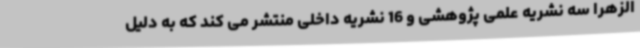
الزهرا سه نشریه علمی پژوهشی و 16 نشریه داخلی منتشر می کند که به دلیل